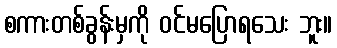
စကားတစ်ခွန်းမှကို ဝင်မပြောရသေး ဘူး။